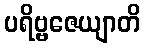
ပရိဗ္ဗဇေယျာတိ